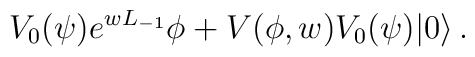
V_0(\psi)e^{wL_{-1}}\phi+V(\phi,w)V_0(\psi)|0\rangle\,.